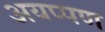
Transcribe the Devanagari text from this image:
अयप्पण